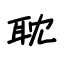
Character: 耽